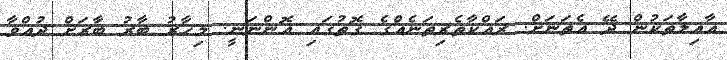
އާއިލާތަކުން ދޭ އެތަނަށް. ރައްކާތެރިތަނެއްގެ ގޮތުގައި އޮންނަނީ. މިހާރުު ބާރު ބާރަށް ދުއްވާ